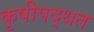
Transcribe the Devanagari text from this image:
कृषीपद्धत